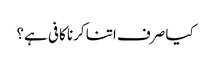
کیا صرف اتنا کرنا کافی ہے؟